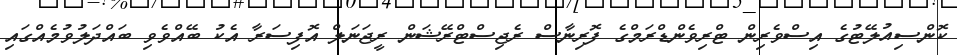
ކޮންސިއުލޭޓުގެ އިސްވެރިން ޓްރިވެންޑްރަމްގެ ފޮރިނާސް ރެޖިސްޓްރޭޝަން ރީޖަނަލް އޮފިސަރާ އެކު ބޭއްވެވި ބައްދަލުވުމެއްގައި